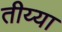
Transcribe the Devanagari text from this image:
तीय्या